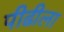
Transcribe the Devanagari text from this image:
पीढीला